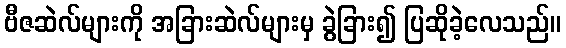
ဗီဇဆဲလ်များကို အခြားဆဲလ်များမှ ခွဲခြား၍ ပြဆိုခဲ့လေသည်။